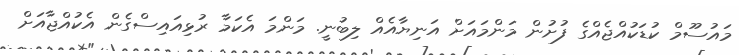
މައުސޫމް ކުޑަކުއްޖެއްގެ ފުށުން މަންމައަށް އަނިޔާއެއް ލިބުނީ. މަންމަ އެކަމާ ރުޅިއައިސްގެން އެކުއްޖާއަށް